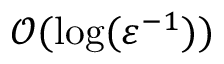
\mathcal { O } ( \log ( \varepsilon ^ { - 1 } ) )